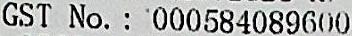
GST NO. : 000584089600